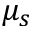
\mu _ { s }